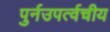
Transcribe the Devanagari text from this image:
पुर्नउपर्त्वचीय